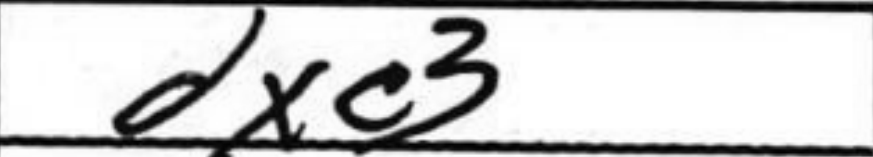
Transcription: dxc3